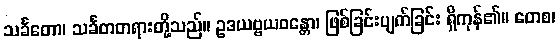
သင်္ခတော၊ သင်္ခတတရားတို့သည်။ ဥဒယဗ္ဗယဝန္တော၊ ဖြစ်ခြင်းပျက်ခြင်း ရှိကုန်၏။ တေစ၊